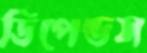
ডিপেন্ডস